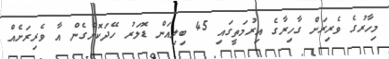
މިހާރުގެ ވެރިރަށް ގާހިރާގެ އިރުމަތީގައި 45 ބިލިއަން ޑޮލަރު ހޭދަކޮށްގެން އާ ވެރިރަށެއް